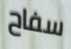
سفاح